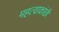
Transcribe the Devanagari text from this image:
महत्वाकांछी